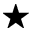
^ \star